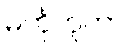
မင်္ကုဘူတာ